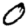
Digit: 0